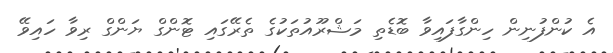
އެ ކުންފުނިން ހިންގާފައިވާ ބޮޑެތި މަޝްރޫއުތަކުގެ ތެރޭގައި ޓޮންގް ޔަންގް ރިވާ ހައިވޭ